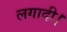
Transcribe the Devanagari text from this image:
लगादी।